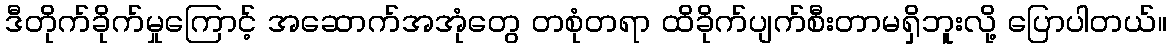
ဒီတိုက်ခိုက်မှုကြောင့် အဆောက်အအုံတွေ တစုံတရာ ထိခိုက်ပျက်စီးတာမရှိဘူးလို့ ပြောပါတယ်။